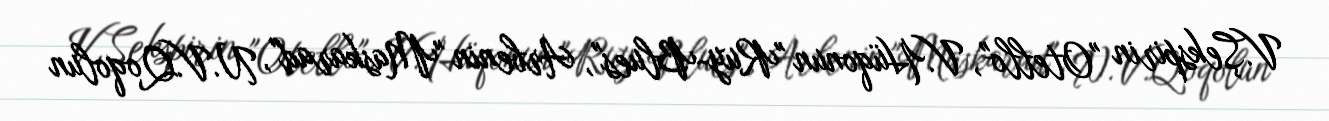
V.Şekspirin "Otello", V.Hüqonun "Ruy-Blues", Arbenin "Maskarad", N.V.Qoqolun